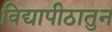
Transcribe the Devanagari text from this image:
विद्यापीठातुन